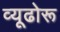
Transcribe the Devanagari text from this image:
व्यूढोरू